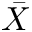
\bar { X }